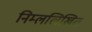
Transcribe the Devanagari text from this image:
निम्ललिखित